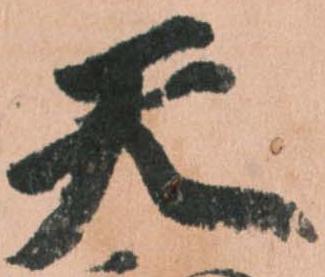
天